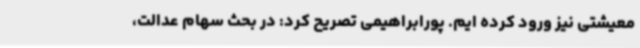
معیشتی نیز ورود کرده ایم. پورابراهیمی تصریح کرد: در بحث سهام عدالت،